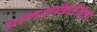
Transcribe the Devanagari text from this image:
प्राणशक्तिर्देवता